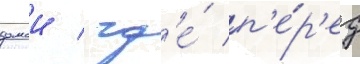
домои / гд'е́ п'е́р'ед